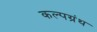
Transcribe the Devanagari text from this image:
कल्पग्रंथ